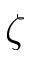
\zeta